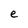
Character: e